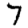
Digit: 7